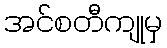
အင်စတီကျုမှ